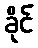
ခိုင်